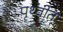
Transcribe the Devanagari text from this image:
पृथ्वीत